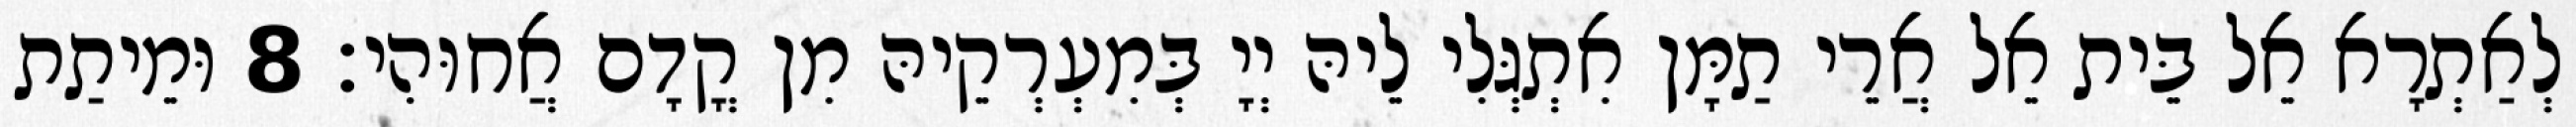
לְאַתְרָא אֵל בֵּית אֵל אֲרֵי תַמָּן אִתְגְּלִי לֵיהּ יְיָ בְּמִעְרְקֵיהּ מִן קֳדָם אֲחוּהִי׃ 8 וּמֵיתַת